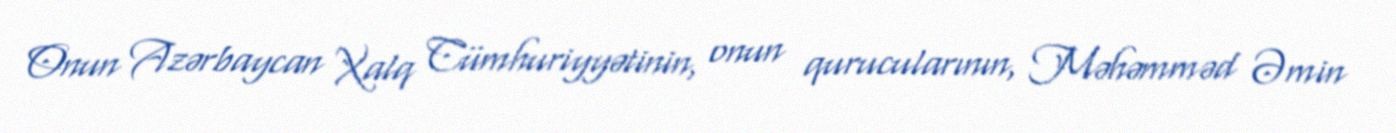
Onun Azərbaycan Xalq Cümhuriyyətinin, onun qurucularının, Məhəmməd Əmin